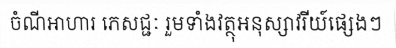
ចំណីអាហារ ភេសជ្ជៈ រួមទាំងវត្ថុអនុស្សាវរីយ៍ផ្សេងៗ